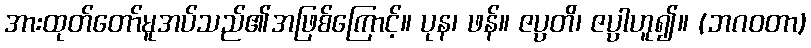
အားထုတ်တော်မူအပ်သည်၏အဖြစ်ကြောင့်။ ပုန၊ ဖန်။ ဇပ္ပတိ၊ ဇပ္ပါဟူ၍။ (ဘဂဝတာ)